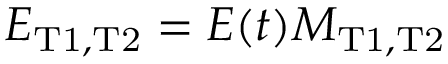
\ensuremath { { \cal E } } _ { \mathrm { T 1 , T 2 } } = \ensuremath { { \cal E } } ( t ) M _ { \mathrm { T 1 , T 2 } }